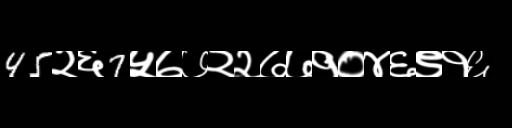
Text: 45२६7५७७२२७७१०४६९१६